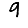
Digit: 9